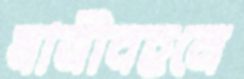
যাত্রীবহনে